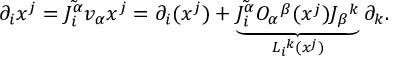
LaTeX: \partial _ { i } x ^ { j } = \tilde { J _ { i } ^ { \alpha } } v _ { \alpha } x ^ { j } = \partial _ { i } ( x ^ { j } ) + \underbrace { \tilde { J _ { i } ^ { \alpha } } O _ { \alpha } { } ^ { \beta } ( x ^ { j } ) J _ { \beta } { } ^ { k } } _ { L _ { i } { } ^ { k } ( x ^ { j } ) } \partial _ { k } .